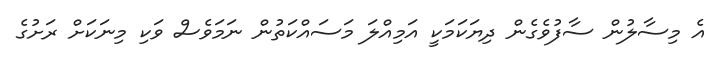
އެ މިސާލުން ސާފުވެގެން ދިޔަކަމަކީ އަމިއްލަ މަސައްކަތުން ނަމަވެސް ވަކި މިނަކަށް ރަށުގެ